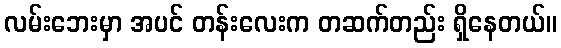
လမ်းဘေးမှာ အပင် တန်းလေးက တဆက်တည်း ရှိနေတယ်။